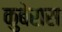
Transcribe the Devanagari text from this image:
कुबेरास